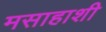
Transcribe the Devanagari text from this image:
मसाहाशी